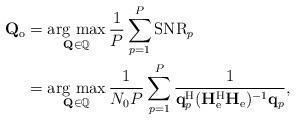
LaTeX: \begin{align*}\mathbf{Q}_\mathrm{o}&=\operatorname*{arg~max}_{\mathbf{Q}\in\mathbb{Q}}\frac{1}{P}\sum_{p=1}^P\mathrm{SNR}_p\\&=\operatorname*{arg~max}_{\mathbf{Q}\in\mathbb{Q}}\frac{1}{N_0P}\sum_{p=1}^P\frac{1}{\mathbf{q}_p^{\mathrm{H}}(\mathbf{H}_{\mathrm{e}}^{\mathrm{H}}\mathbf{H}_{\mathrm{e}})^{-1}\mathbf{q}_p},\end{align*}